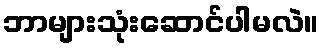
ဘာများသုံးဆောင်ပါမလဲ။